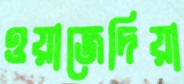
ওয়াজেদিয়া